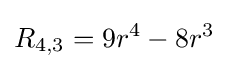
R_{4,3}=9r^{4}-8r^{3}